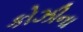
કોઝીના